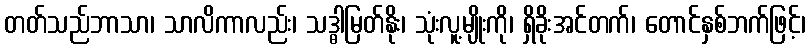
တတ်သည်ဘာသာ၊ သာလိကာလည်း၊ သဒ္ဓါမြတ်နိုး၊ သုံးလူ့မျိုးကို၊ ရှိခိုးအင်တက်၊ တောင်နှစ်ဘက်ဖြင့်၊